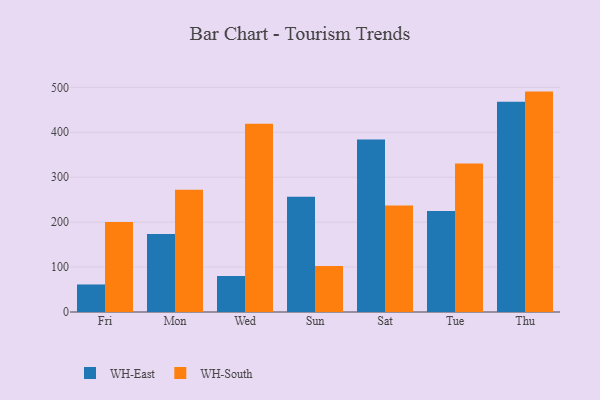
{"axis": {"x": "Day", "y": "Market Share (%)"}, "legend": ["WH-East", "WH-South"], "data": [{"x": "Fri", "y": 61.3, "type": "WH-East"}, {"x": "Fri", "y": 200.4, "type": "WH-South"}, {"x": "Mon", "y": 173.6, "type": "WH-East"}, {"x": "Mon", "y": 271.8, "type": "WH-South"}, {"x": "Wed", "y": 80.2, "type": "WH-East"}, {"x": "Wed", "y": 418.7, "type": "WH-South"}, {"x": "Sun", "y": 256.6, "type": "WH-East"}, {"x": "Sun", "y": 102.3, "type": "WH-South"}, {"x": "Sat", "y": 384.0, "type": "WH-East"}, {"x": "Sat", "y": 237.1, "type": "WH-South"}, {"x": "Tue", "y": 224.7, "type": "WH-East"}, {"x": "Tue", "y": 330.6, "type": "WH-South"}, {"x": "Thu", "y": 468.1, "type": "WH-East"}, {"x": "Thu", "y": 490.5, "type": "WH-South"}]}